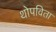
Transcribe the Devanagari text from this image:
थोपविता